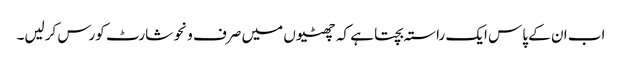
اب ان کے پاس ایک راستہ بچتا ہے کہ چھٹیوں میں صرف ونحو شارٹ کورس کرلیں۔